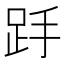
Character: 𮛋